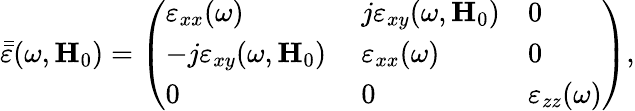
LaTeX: \bar{\bar{\varepsilon}}(\omega,\textbf{H}_{0})=\left(\begin{array}{lll}{\varepsilon_{xx}(\omega)}&{j\varepsilon_{xy}(\omega,\textbf{H}_{0})}&{0}\\ {-j\varepsilon_{xy}(\omega,\textbf{H}_{0})\ }&{\varepsilon_{xx}(\omega)}&{0}\\ {0}&{0}&{\varepsilon_{zz}(\omega)}\end{array}\right),